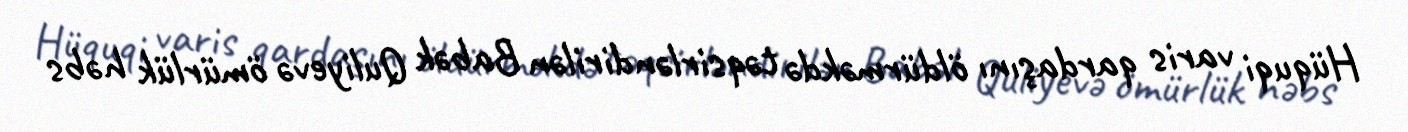
Hüquqi varis qardaşını öldürməkdə təqsirləndirilən Babək Quliyevə ömürlük həbs